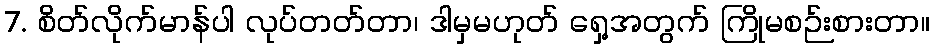
7. စိတ်လိုက်မာန်ပါ လုပ်တတ်တာ၊ ဒါမှမဟုတ် ရှေ့အတွက် ကြိုမစဉ်းစားတာ။